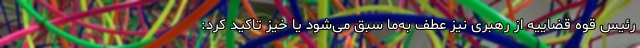
رئیس قوه قضاییه از رهبری نیز عطف به‌ما سبق می‌شود یا خیز تاکید کرد: